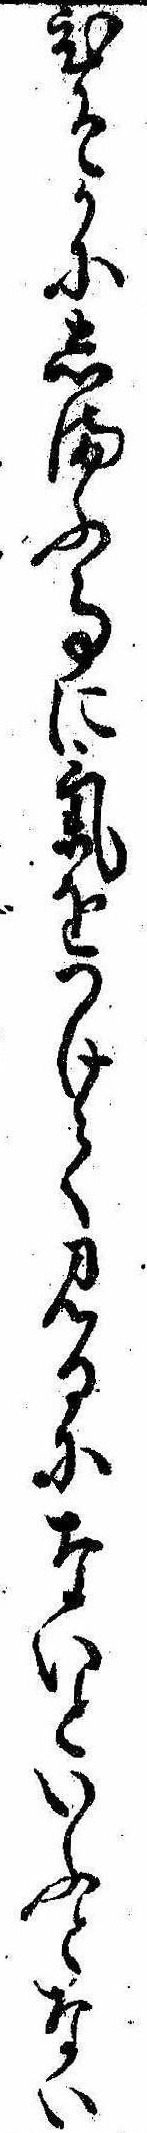
ひそかにしまふ事に気をつけて見るにないといふとない